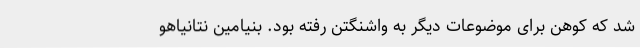
شد که کوهن برای موضوعات دیگر به واشنگتن رفته بود. بنیامین نتانیاهو